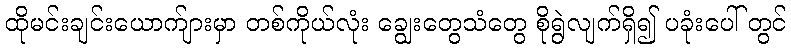
ထိုမင်းချင်းယောက်ျားမှာ တစ်ကိုယ်လုံး ချွေးတွေသံတွေ စိုရွဲလျက်ရှိ၍ ပခုံးပေါ် တွင်